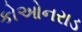
કોઓનરાડ